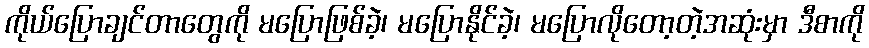
ကိုယ်ပြောချင်တာတွေကို မပြောဖြစ်ခဲ့၊ မပြောနိုင်ခဲ့၊ မပြောလိုတော့တဲ့အဆုံးမှာ ဒီစာကို